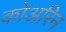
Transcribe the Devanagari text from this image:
कोअरिन